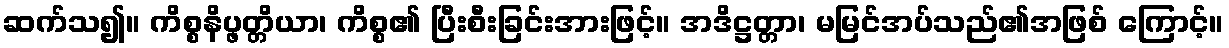
ဆက်သ၍။ ကိစ္စနိပ္ဖတ္တိယာ၊ ကိစ္စ၏ ပြီးစီးခြင်းအားဖြင့်။ အဒိဋ္ဌတ္တာ၊ မမြင်အပ်သည်၏အဖြစ် ကြောင့်။